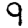
Digit: 9